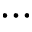
\cdots